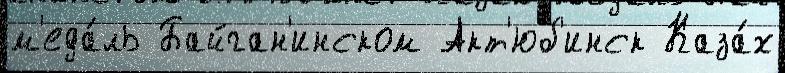
м'еда́ль Байган'инском Акт'юб'инск Каза́х